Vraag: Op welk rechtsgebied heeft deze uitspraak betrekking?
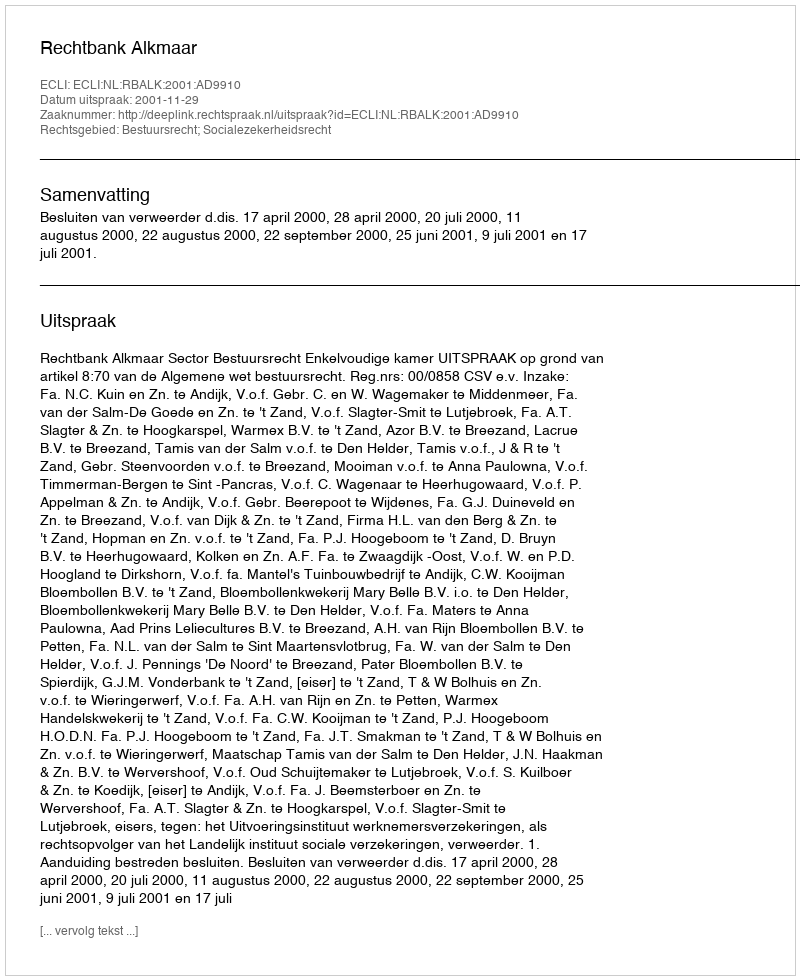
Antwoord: Bestuursrecht; Socialezekerheidsrecht